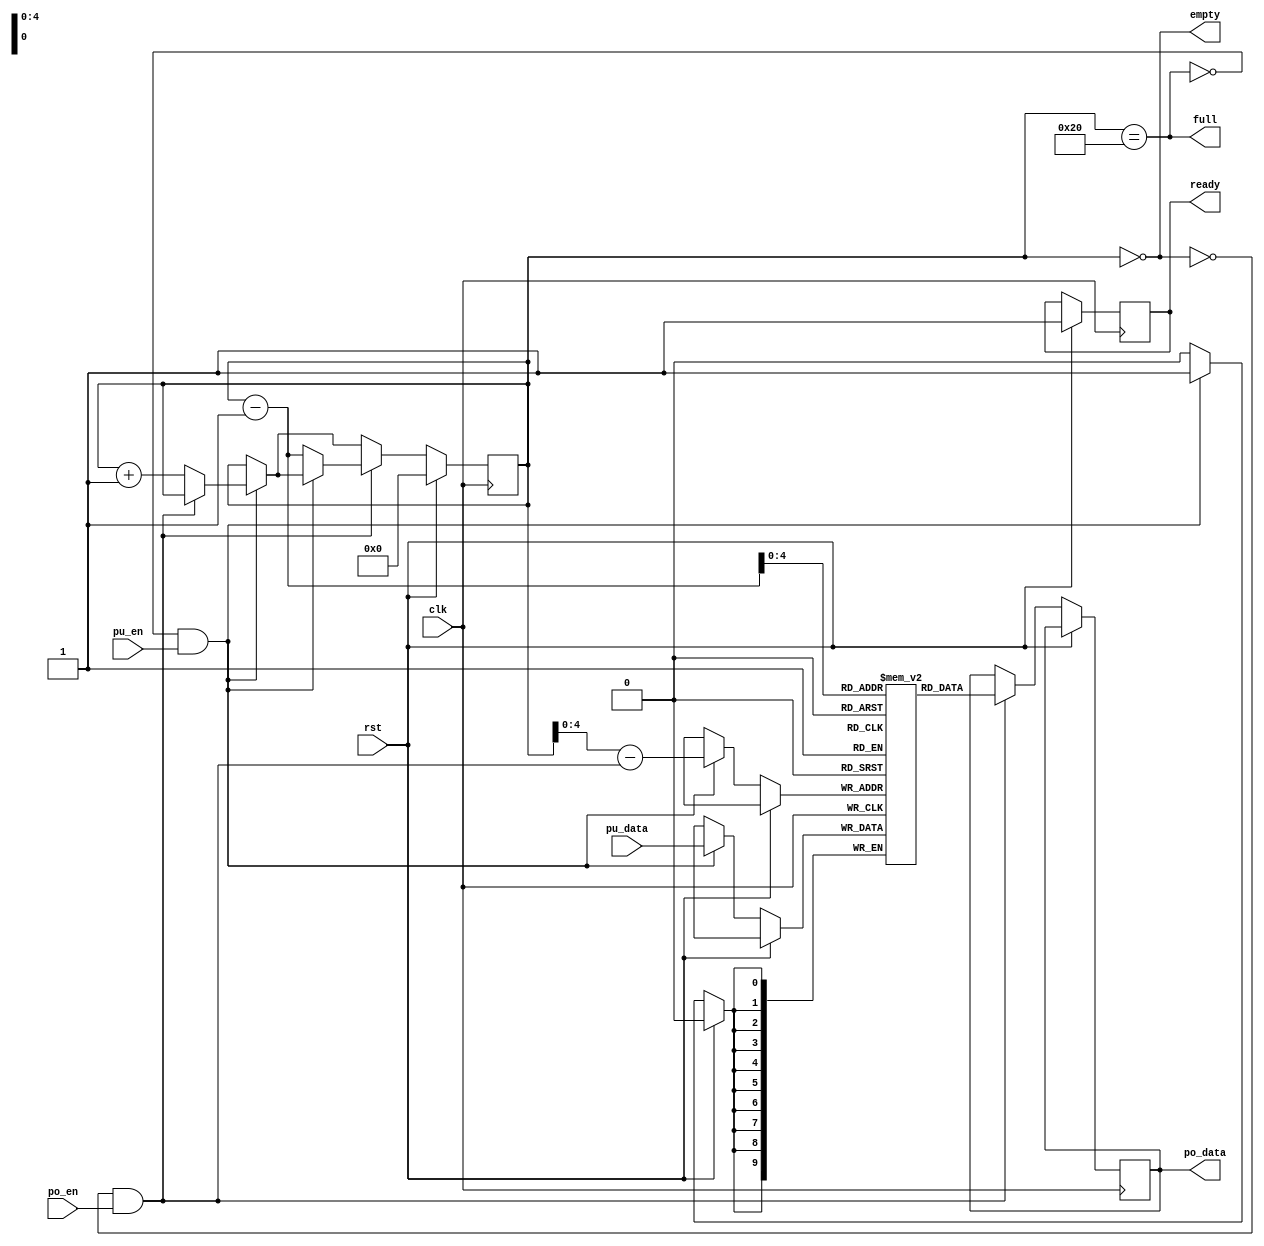
module lifo
#(
  parameter DEPTH=32,
  parameter LG_DEPTH=5,
  parameter WIDTH=10
)
(
  input rst,
  input clk,
  output reg ready,

  output full,
  output empty,

  input pu_en,
  input [WIDTH-1:0] pu_data,

  input po_en,
  output reg [WIDTH-1:0] po_data
);

reg [WIDTH-1:0] mem [0:DEPTH-1];

reg [LG_DEPTH:0] cnt;
assign empty = (cnt == 0);
assign full = (cnt == DEPTH);

wire push = !full && pu_en;
wire pop = !empty && po_en;

integer i;
always @(posedge clk) begin
  if(rst) begin
    cnt <= 0;
    ready <= 1;
  end
  else begin
    if(push) begin
      mem[cnt-pop] <= pu_data;
      if(!pop) cnt <= cnt+1;
    end
    if(pop) begin
      po_data <= mem[cnt-1];
      if(!push) cnt <= cnt-1;
    end
  end
end

endmodule